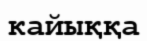
кайыққа